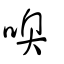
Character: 噢